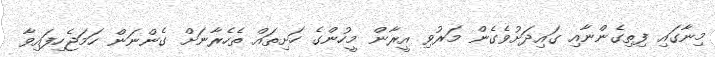
މިނާގައި ފިތިގެންނާއި ގައިދަށުވެގެން މަރުވި އީރާން މީހުންގެ ހަށިތައް ތެހެރާނަށް ގެންނަން ހަމަޖެހިފައިވާ